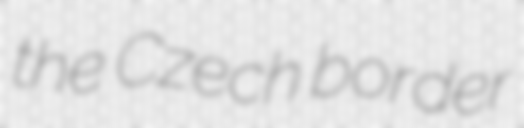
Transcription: the Czech border